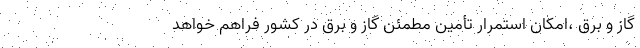
گاز و برق ،‌امکان استمرار تأمین مطمئن گاز و برق در کشور فراهم خواهد